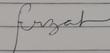
Signature authenticity: forged